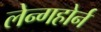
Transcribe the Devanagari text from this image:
लेन्गहोर्न